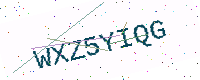
Text: WXZ5YIQG